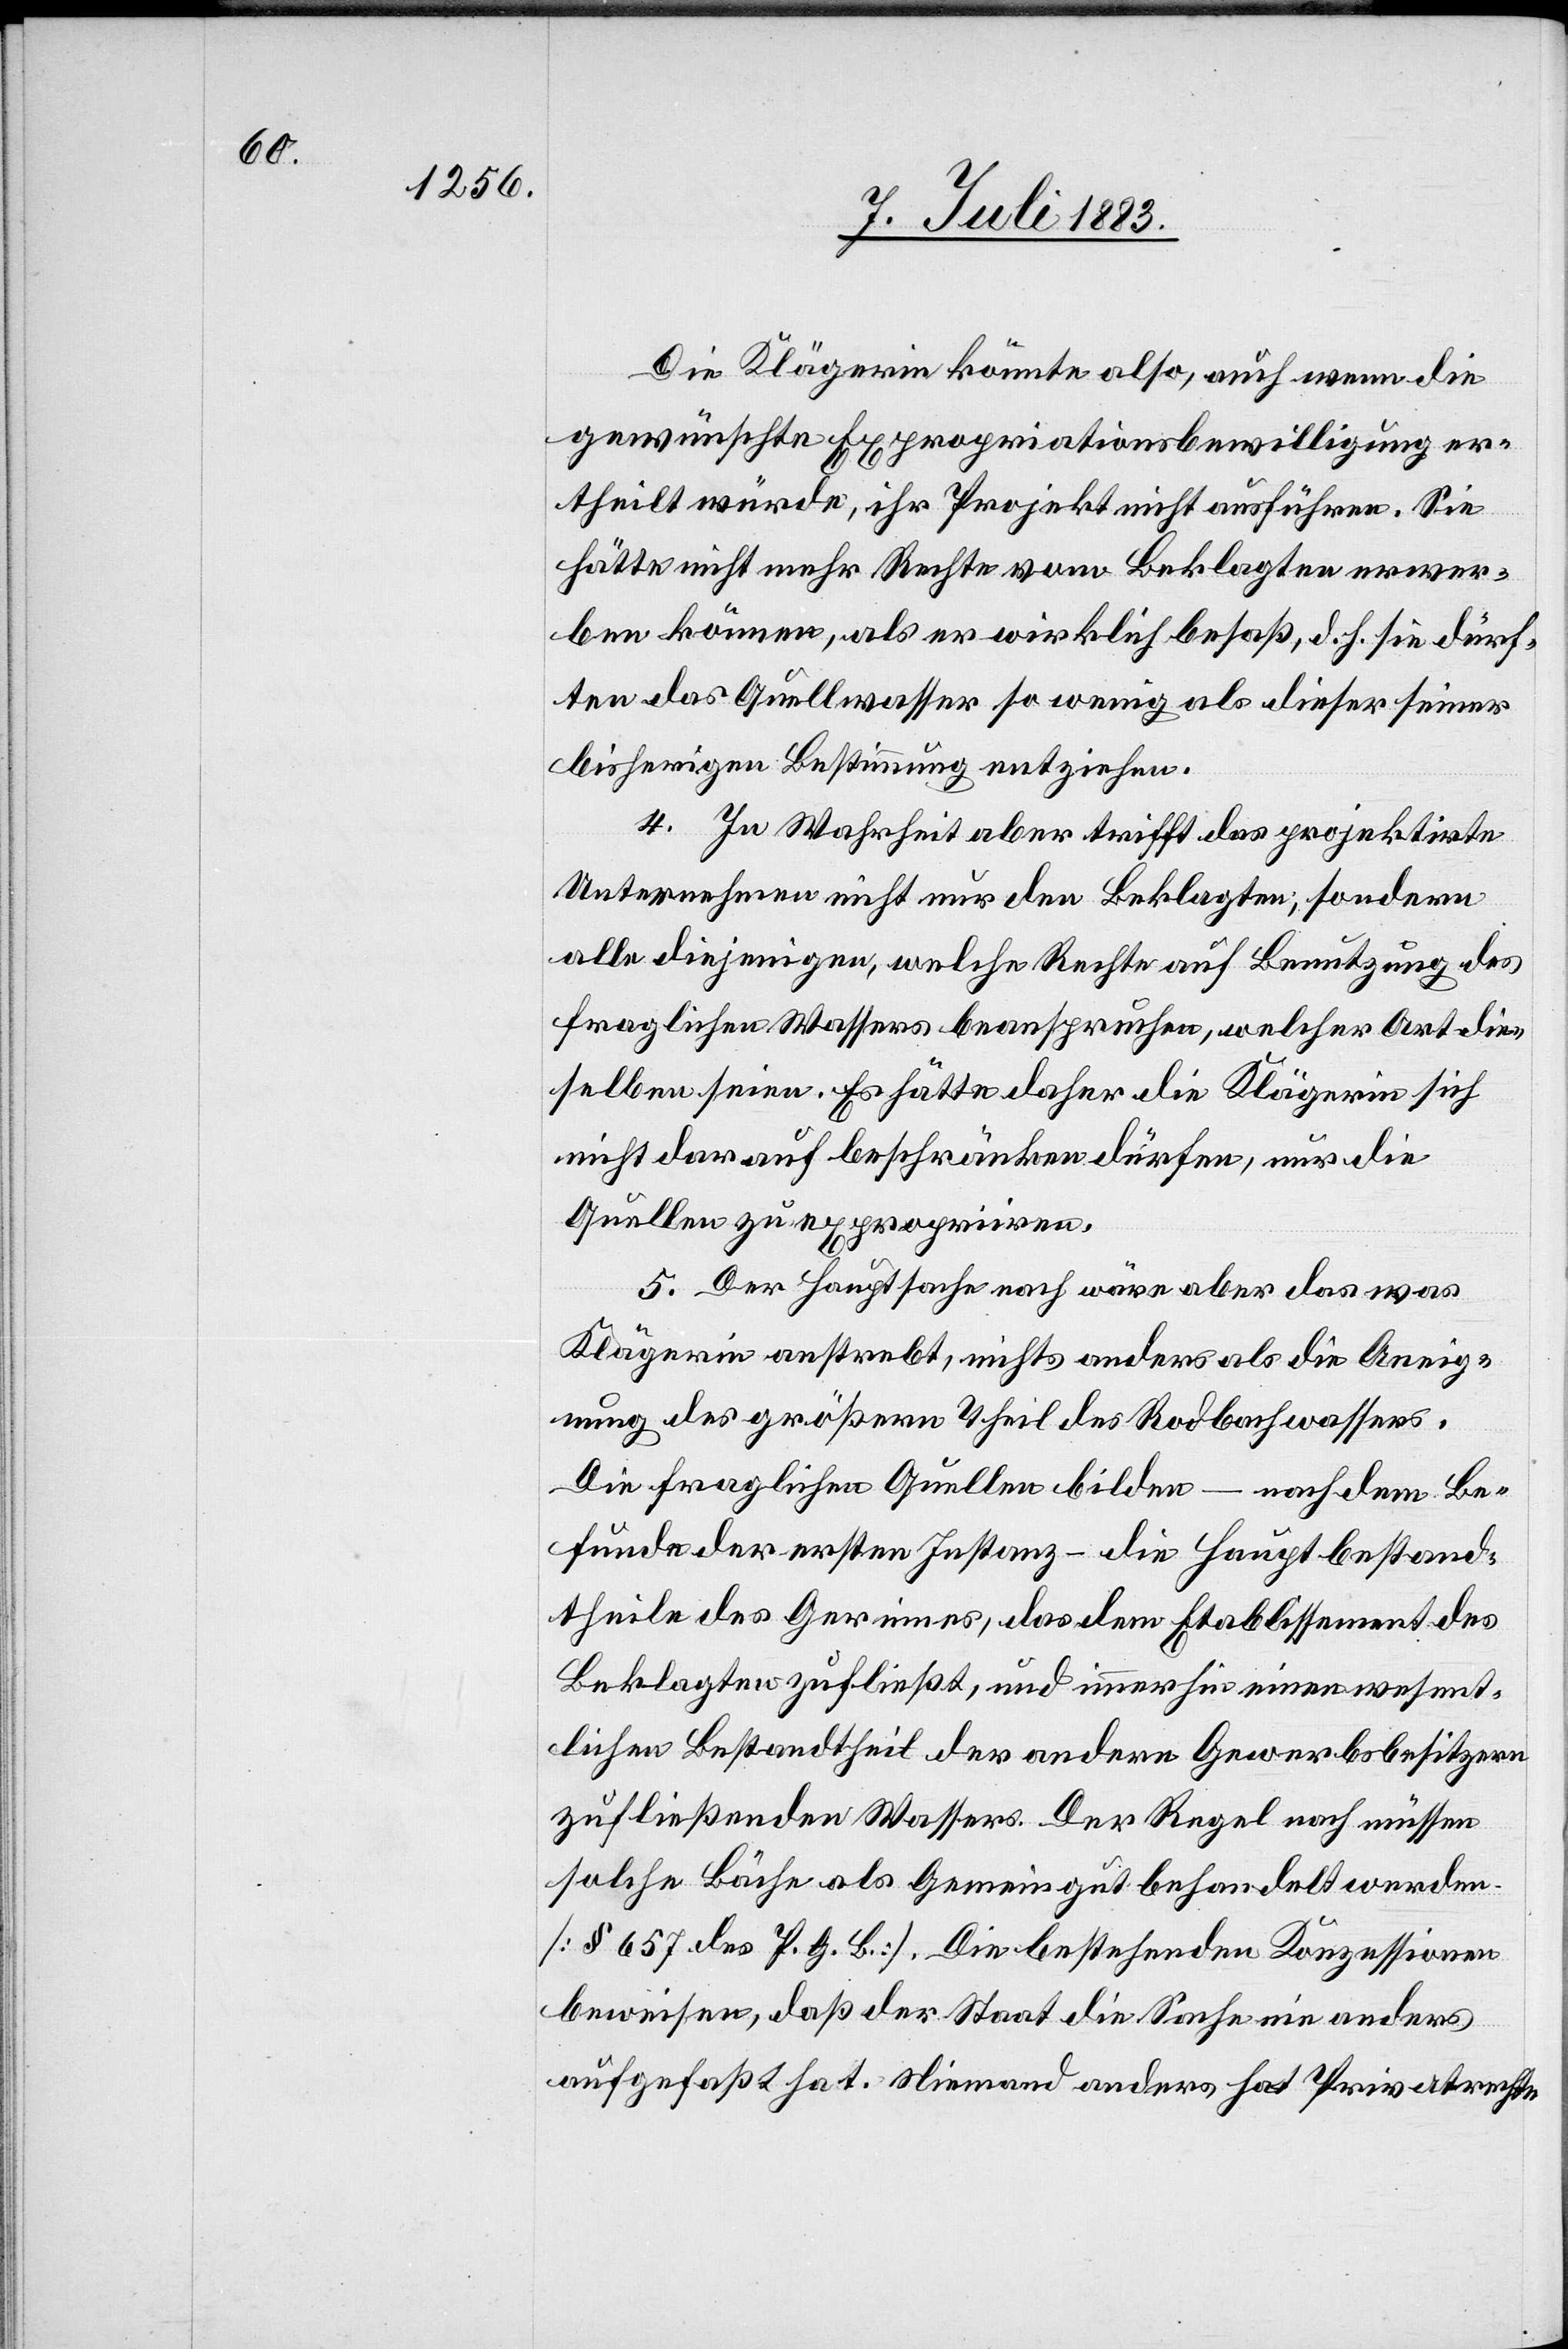
Die Klägerin könnte also, auch wenn die
gewünschte Expropriationsbewilligung er¬
theilt würde, ihr Projekt nicht ausführen. Sie
hätte nicht mehr Rechte vom Beklagten erwer¬
ben können, als er wirklich besaß, d. h. sie dürften
[sic!] das Quellwasser so wenig als dieser seiner
bisherigen Bestimmung entziehen.
4. In Wahrheit aber trifft das projektirte
Unternehmen nicht nur den Beklagten, sondern
alle diejenigen, welche Rechte auf Benutzung des
fraglichen Wassers beanspruchen, welcher Art die¬
selben seien. Es hätte daher die Klägerin sich
nicht darauf beschränken dürfen, nur die
Quellen zu expropriiren.
5. Der Hauptsache nach wäre aber das was
Klägerin anstrebt, nichts anderes als die Aneig¬
nung des größten Theil[es] des Rodbachwassers.
Die fraglichen Quellen bilden – nach dem Be¬
funde der ersten Instanz – die Hauptbestand¬
theile des Gerinnes, das dem Etablissement des
Beklagten zufließt, und immerhin einen wesent¬
lichen Bestandtheil der [recte: des] andern Gewerbsbesitzern
zufließenden Wassers. Der Regel nach müssen
solche Bäche als Gemeindegut behandelt werden.
[§ 657 des P. G. B.]. Die bestehenden Konzessionen
beweisen, daß der Staat die Sache nie anders
aufgefaßt hat. Niemand anders hat Privatrechte